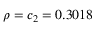
\rho = c _ { 2 } = 0 . 3 0 1 8